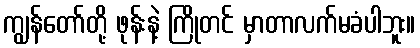
ကျွန်တော်တို့ ဖုန်းနဲ့ ကြိုတင် မှာတာလက်မခံပါဘူး။